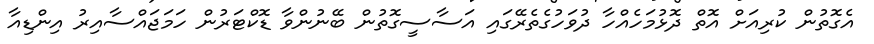
އެގޮތުން ކުރިއަށް އޮތް ދޮޅުމަހެއްހާ ދުވަހުގެތެރޭގައި އަސާސީގޮތުން ބޭނުންވާ ޑޮކްޓަރުން ހަމަޖައްސާއިރު އިންޑިއާ